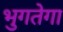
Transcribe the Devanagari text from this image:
भुगतेगा